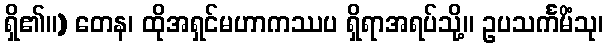
ရှိ၏။) တေန၊ ထိုအရှင်မဟာကဿပ ရှိရာအရပ်သို့။ ဥပသင်္ကမိံသု၊